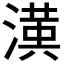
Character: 𭲑